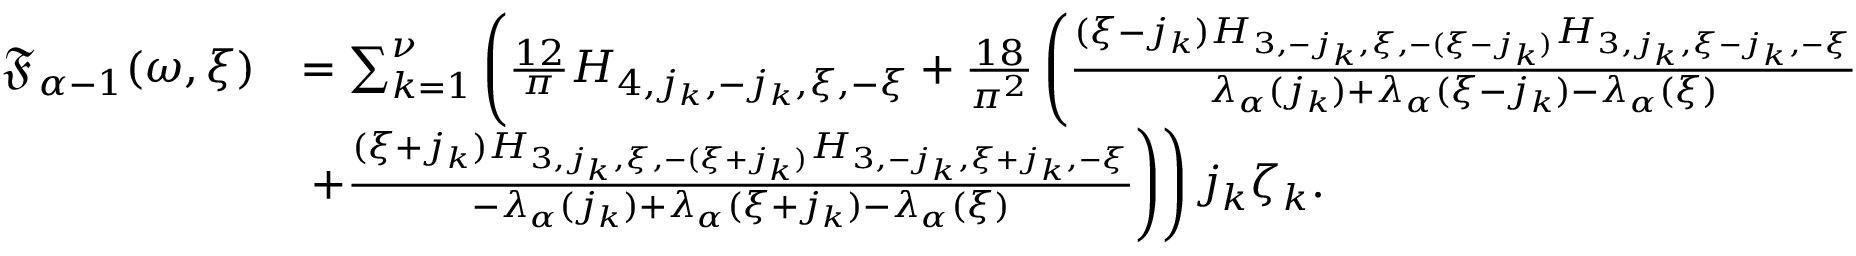
\begin{array} { r l } { \mathfrak { F } _ { \alpha - 1 } ( \omega , \xi ) } & { = \sum _ { k = 1 } ^ { \nu } \left( \frac { 1 2 } { \pi } H _ { 4 , j _ { k } , - j _ { k } , \xi , - \xi } + \frac { 1 8 } { \pi ^ { 2 } } \left( \frac { ( \xi - j _ { k } ) H _ { 3 , - j _ { k } , \xi , - ( \xi - j _ { k } ) } H _ { 3 , j _ { k } , \xi - j _ { k } , - \xi } } { \lambda _ { \alpha } ( j _ { k } ) + \lambda _ { \alpha } ( \xi - j _ { k } ) - \lambda _ { \alpha } ( \xi ) } \right. \right. } \\ & { \left. \left. + \frac { ( \xi + j _ { k } ) H _ { 3 , j _ { k } , \xi , - ( \xi + j _ { k } ) } H _ { 3 , - j _ { k } , \xi + j _ { k } , - \xi } } { - \lambda _ { \alpha } ( j _ { k } ) + \lambda _ { \alpha } ( \xi + j _ { k } ) - \lambda _ { \alpha } ( \xi ) } \right) \right) j _ { k } \zeta _ { k } . } \end{array}